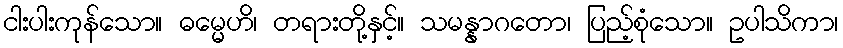
ငါးပါးကုန်သော။ ဓမ္မေဟိ၊ တရားတို့နှင့်။ သမန္နာဂတော၊ ပြည့်စုံသော။ ဥပါသိကာ၊